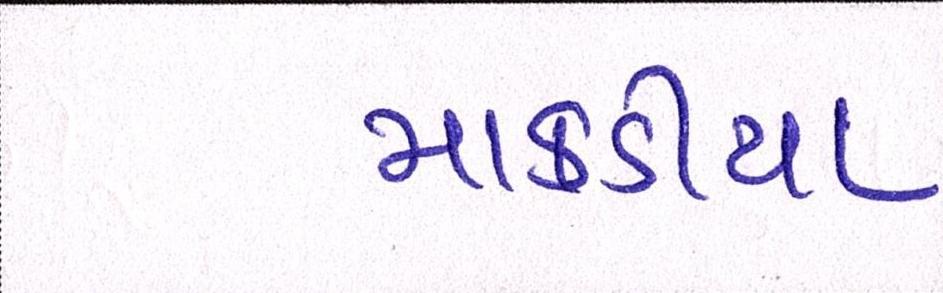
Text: માકડીયા